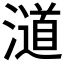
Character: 𣿪